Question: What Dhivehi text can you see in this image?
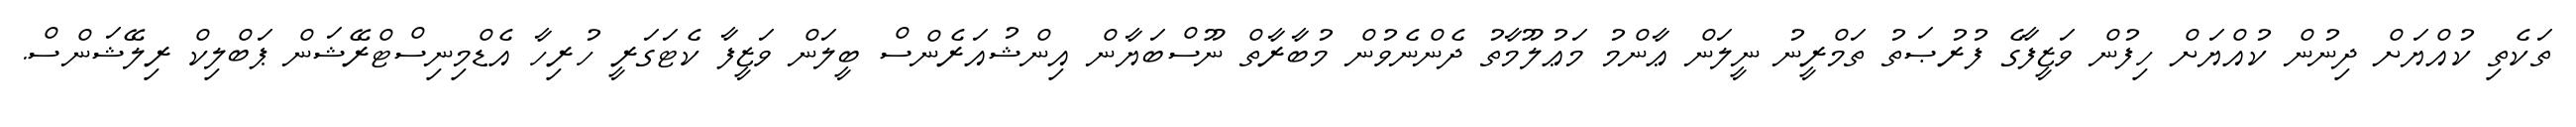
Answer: ތަކެތި ކުއްޔަށް ދިނުން ކުއްޔަށް ހިފުން ވަޒީފާގެ ފުރުޞަތު ތަމްރީނު ނީލަން ޢާންމު މަޢުލޫމާތު ދެންނެވުން މުބާރާތް ނޫސްބަޔާން އިންޝުއަރެންސް ބީލަން ވަޒީފާ ކެޓަގަރީ ހުރިހާ އެޑްމިނިސްޓްރޭޝަން ޕަބްލިކް ރިލޭޝަންސް.